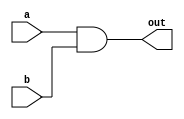
// -DUV (design under verification): AND2 gate description
module and2_df(a, b, out);
    input a, b;
    output out;
    wire a, b, out;
    assign out = a&b;
endmodule

// -Stimulus description
module and2_df_tb;
    reg A, B; wire OUT;
    and2_df duv(.a(A), .b(B), .out(OUT));
    initial begin
        $monitor("simtime = %g, A = %b, B = %b, OUT = %b", $time, A, B, OUT);
    end
    initial begin
        $dumpfile("and2_df_tb.vcd");
        $dumpvars(0, and2_df_tb);
        #5 A = 0; B = 0;
        #5 A = 0; B = 1;
        #5 A = 1; B = 0;
        #5 A = 1; B = 1;
    end 
endmodule